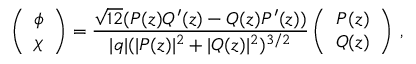
\left( \begin{array} { c } { { \phi } } \\ { { \chi } } \end{array} \right) = \frac { \sqrt { 1 2 } ( P ( z ) Q ^ { \prime } ( z ) - Q ( z ) P ^ { \prime } ( z ) ) } { | q | ( | P ( z ) | ^ { 2 } + | Q ( z ) | ^ { 2 } ) ^ { 3 / 2 } } \left( \begin{array} { c } { { P ( z ) } } \\ { { Q ( z ) } } \end{array} \right) \, ,